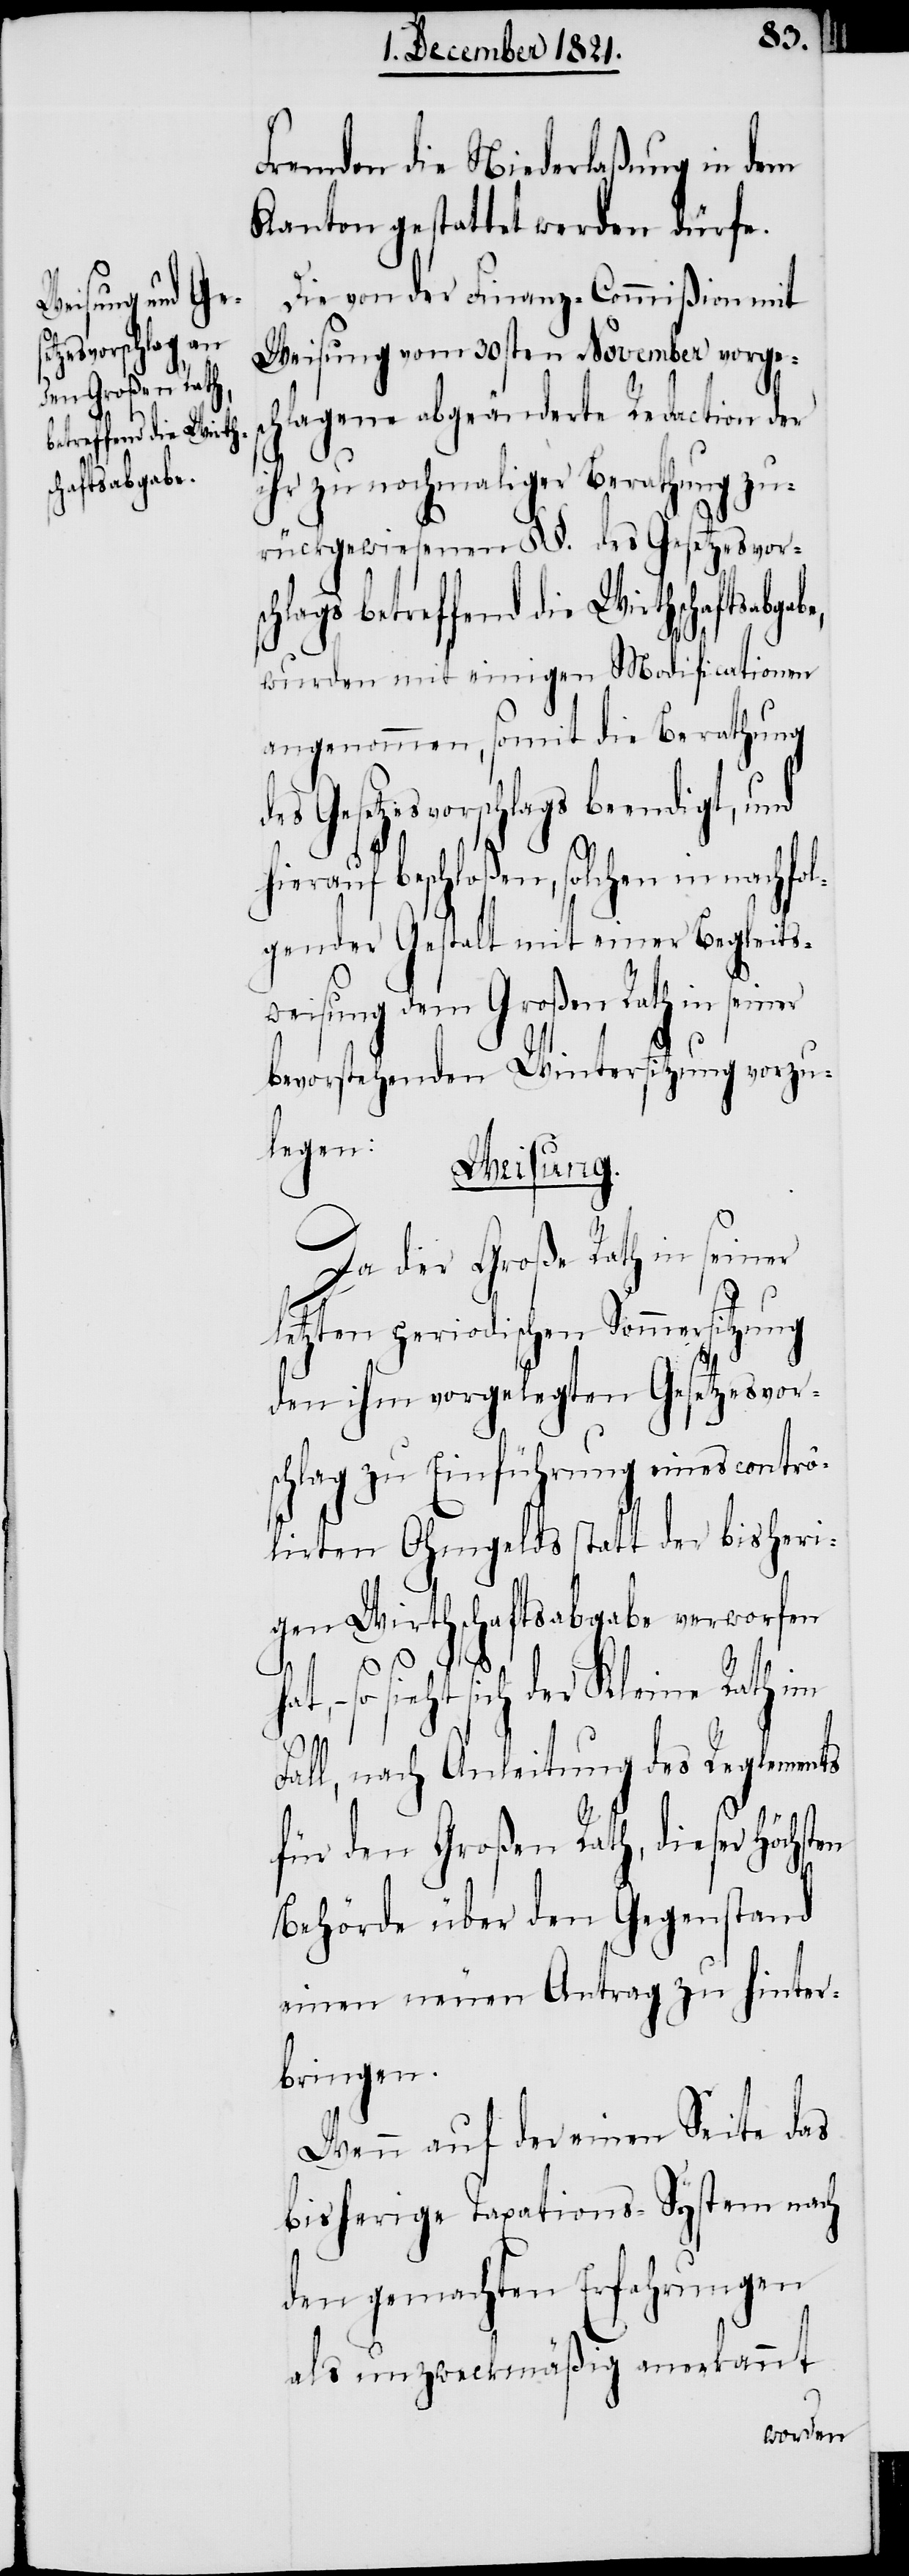
en

Fremden die Niederlaßung in dem
Kanton gestattet werden dürfe.
Die von der Finanz-Commißion mit
Weisung vom 30sten November vorgesc¬
hlagene abgeänderte Redaction der
ihr zu nochmaliger Berathung zu¬
rückgewiesenen §§. des Gesetzesvor¬
schlags betreffend die Wirthschaftsabgab¬
wurden mit einigen Modificationen
angenommen, somit die Berathung
Gesetzesvorschlags beendigt, und
hierauf beschloßen, solchen in nachfo¬
lgender Gestalt mit einer Begleits¬
weisung dem Großen Rath in
bevorstehenden Wintersitzung vorzu¬
legen:
Weisung.
Da der Große Rath in seiner
letzten periodischen Sommersitzung
den ihm vorgelegten Gesetzesvors¬
chlag zu Einführung eines contr¬
ôlirten Ohmgelds statt der bisheri¬
gen Wirthschaftsabgabe verworfen
so sieht sich der Kleine Rath im
Fall, nach Anleitung des Reglements
für den Großen Rath, dieser Höchst¬
Behörde über den Gegenstand
einen neuen Antrag zu hinter¬
bringen.
Wenn auf der einen Seite das
bisherige Taxations-System nach
den gemachten Erfahrungen
als unzweckmäßig anerkannt